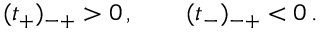
( t _ { + } ) _ { - + } > 0 \, , \qquad ( t _ { - } ) _ { - + } < 0 \, .